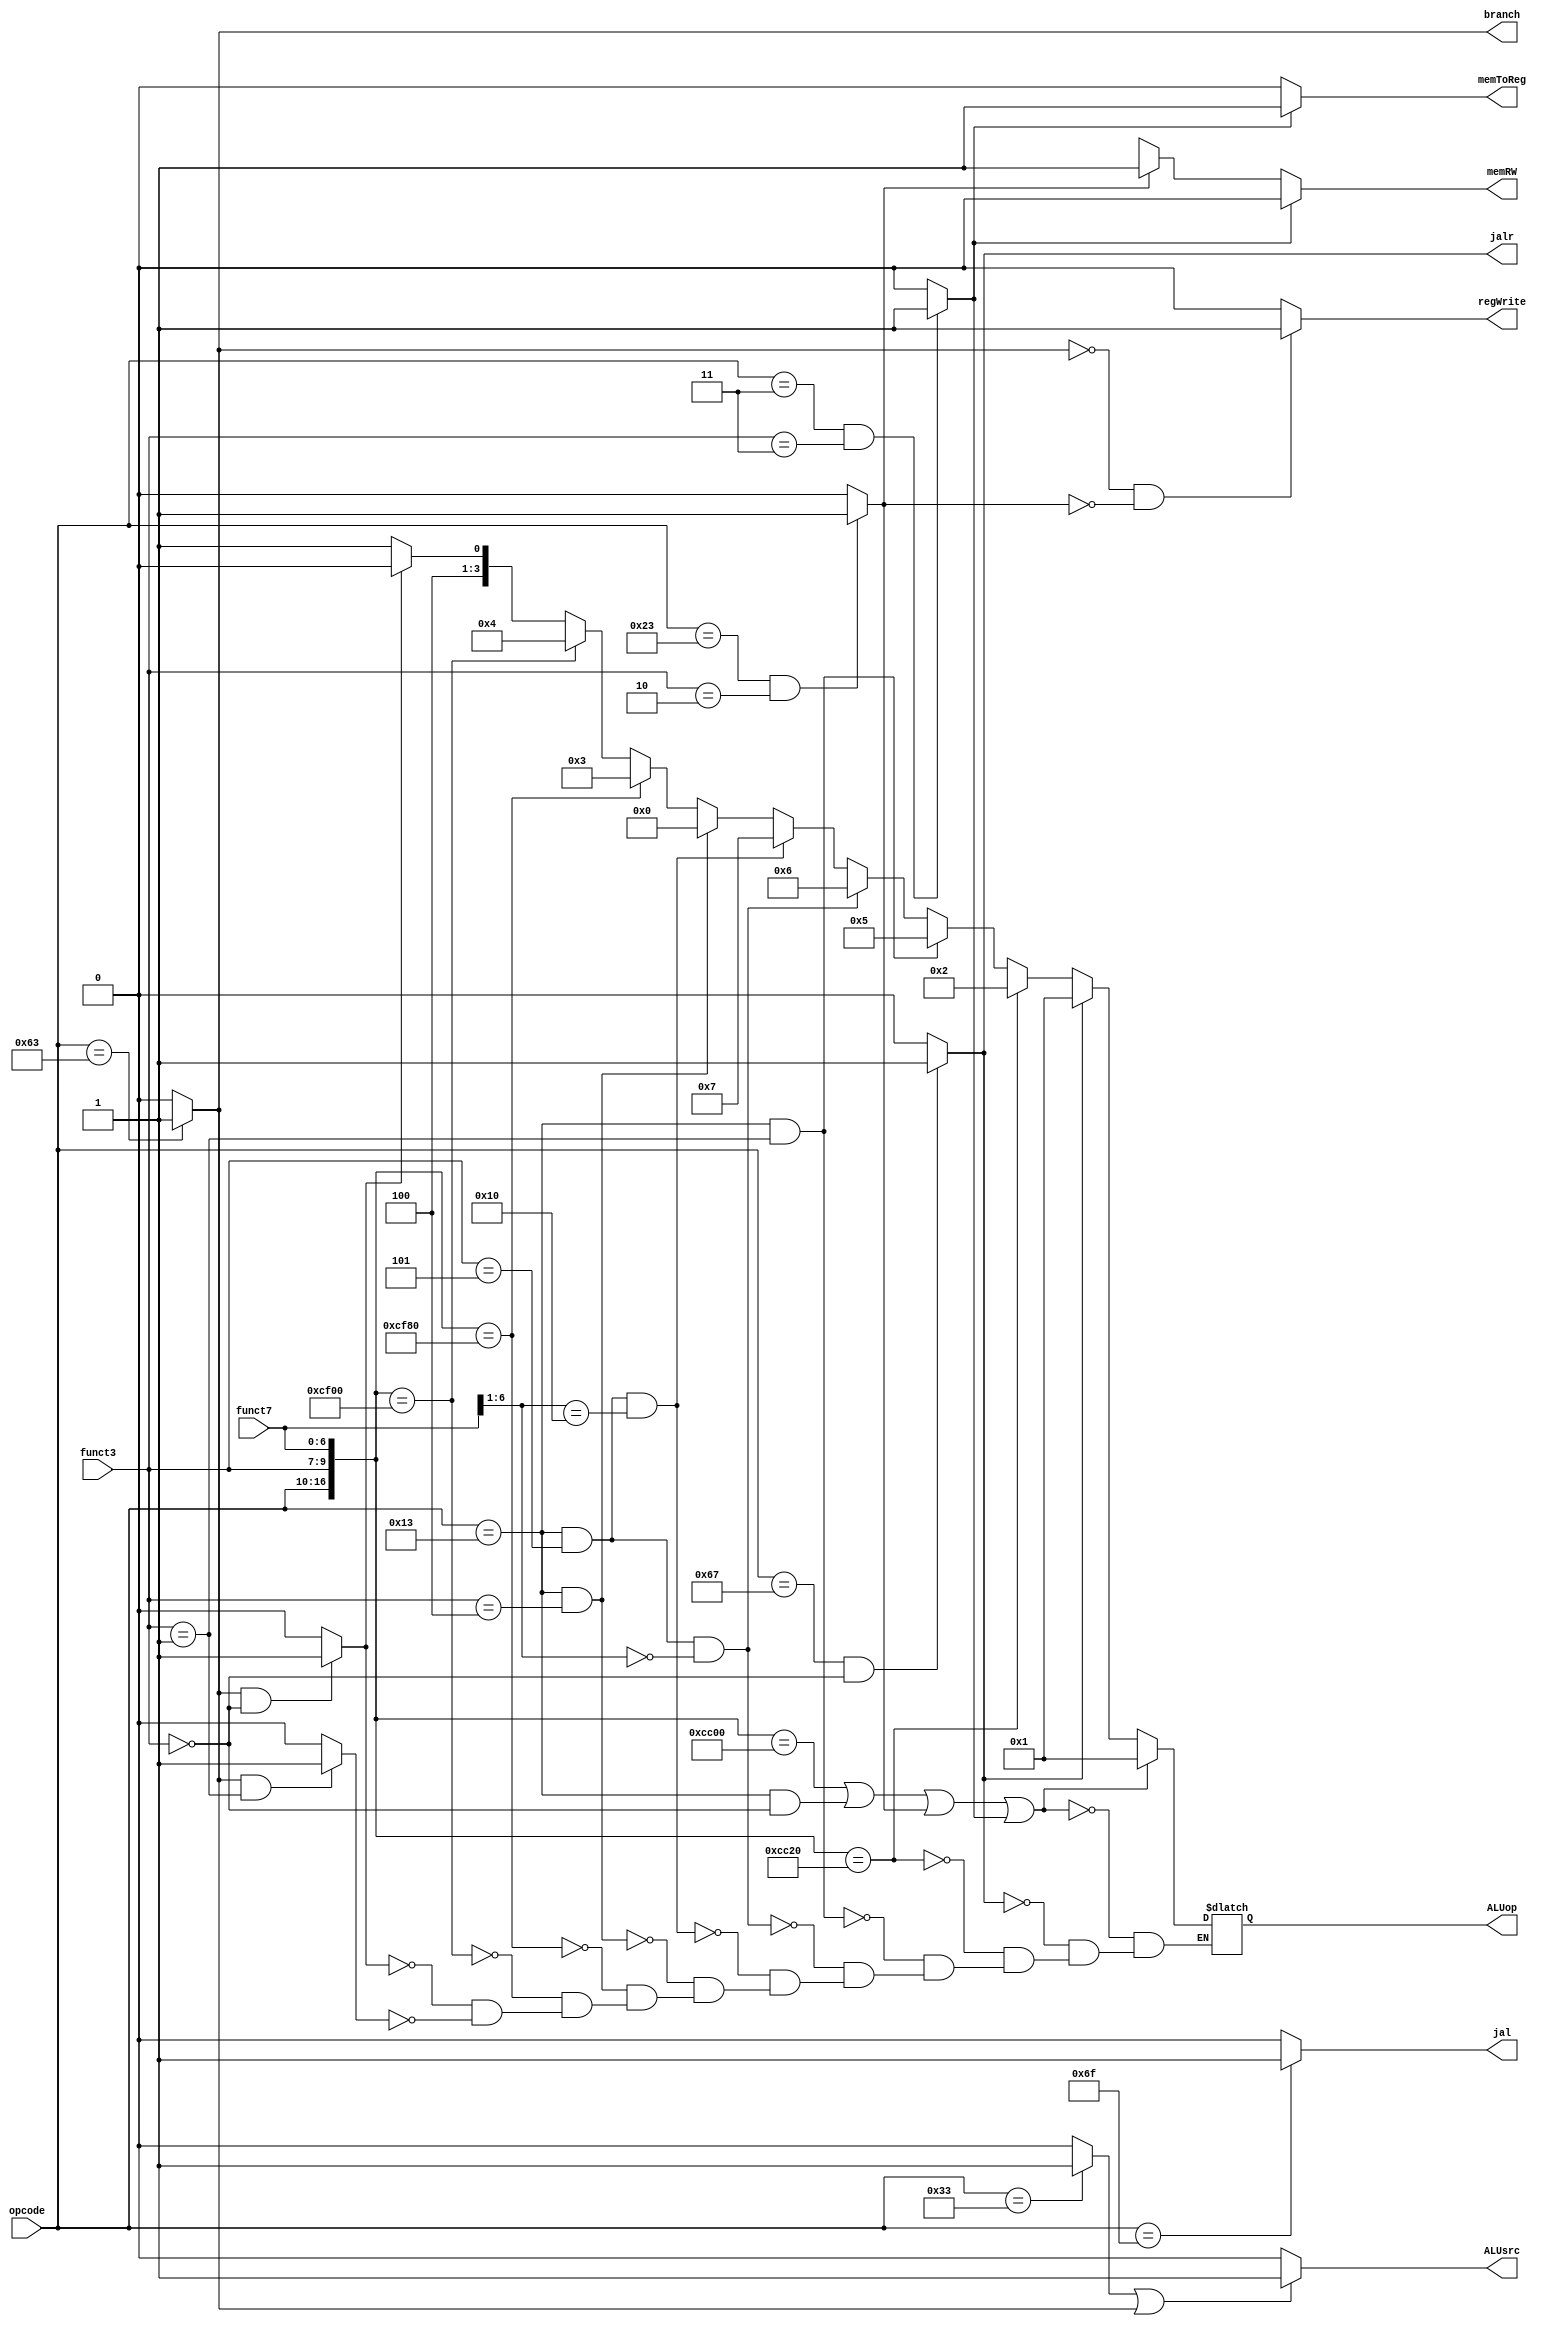
module control(opcode, funct3, funct7, branch, memRW, ALUop, ALUsrc, regWrite, memToReg, jal, jalr);
input [6:0] opcode, funct7;
input [2:0] funct3;
output branch, memRW, ALUsrc, regWrite, memToReg, jal, jalr;
output reg [3:0] ALUop;
wire rflag, iflag, ldiflag, sflag, ujflag, beq, bne;
assign rflag = (opcode == 7'b0110011)? 1:0;
assign iflag = (opcode == 7'b0010011)? 1:0;
assign ldiflag = (opcode == 7'b0000011 && funct3 == 3'b011)? 1:0;
assign sflag = (opcode == 7'b0100011 && funct3 == 3'b010)? 1:0;
assign jalr = (opcode == 7'b1100111 && funct3 == 3'b000)? 1:0;
assign ujflag = (opcode == 7'b1101111)? 1:0;
assign beq = (branch == 1 && funct3 == 3'b000)? 1:0;
assign bne = (branch == 1 && funct3 == 3'b001)? 1:0;

assign branch = (opcode == 7'b1100011)? 1:0;
assign ALUsrc = ((rflag == 1)||(branch ==1))? 1:0;
assign regWrite = (branch == 0 && sflag == 0)? 1:0;
assign memRW = (ldiflag == 1)? 0:(sflag == 1)? 1:1'bx;
assign memToReg = (ldiflag == 1)? 1:0;
assign jal = ujflag;

always @(*) //ALU op control
begin
if({opcode, funct3, funct7} == 17'b0110011_000_0000000 || ((opcode == 7'b0010011) && funct3 == 3'b000) || sflag == 1 || ldiflag == 1)
    ALUop <= 4'b0001;
else if(jalr == 1)
    ALUop <= 4'b0001;
else if({opcode, funct3, funct7} == 17'b0110011_000_0100000)
    ALUop <= 4'b0010;
else if(((opcode == 7'b0010011) && funct3 == 3'b001))
    ALUop <= 4'b0101;
else if(((opcode == 7'b0010011) && funct3 == 3'b101 && funct7[6:1] == 6'b000000))
    ALUop <= 4'b0110;
else if(((opcode == 7'b0010011) && funct3 == 3'b101 && funct7[6:1] == 6'b010000))
    ALUop <= 4'b0111;
else if(((opcode == 7'b0010011) && funct3 == 3'b100))
    ALUop <= 4'b0000;
else if({opcode, funct3, funct7} == 17'b0110011_111_0000000 )
    ALUop <= 4'b0011;
else if({opcode, funct3, funct7} == 17'b0110011_110_0000000)
    ALUop <= 4'b0100;
else if(beq == 1)
    ALUop <= 4'b1000;
else if(bne == 1)
    ALUop <= 4'b1001;
end
endmodule